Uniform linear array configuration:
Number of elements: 48
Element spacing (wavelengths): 0.75
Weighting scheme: cosine
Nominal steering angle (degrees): -45
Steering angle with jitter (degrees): -46.344
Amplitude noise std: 0.05
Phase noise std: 0.05

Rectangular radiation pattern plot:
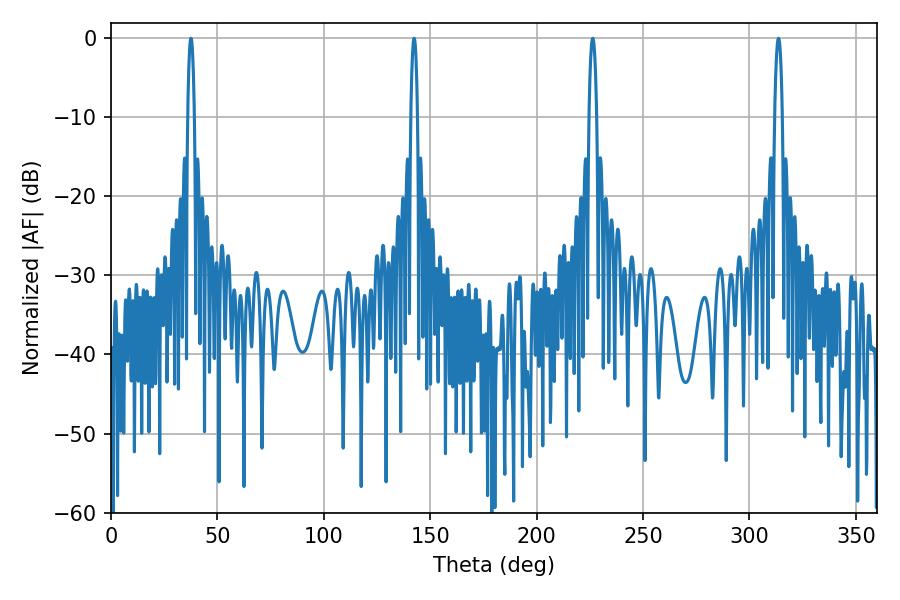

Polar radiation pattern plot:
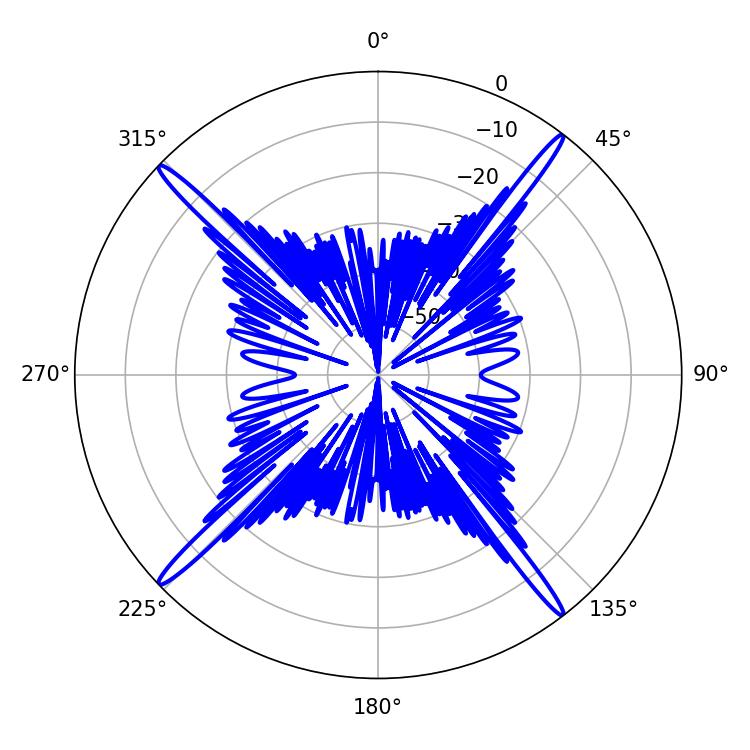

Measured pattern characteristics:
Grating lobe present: TRUE
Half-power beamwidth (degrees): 1.62
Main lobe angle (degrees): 37.62